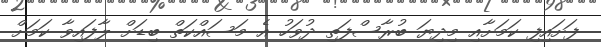
ފަށައިފި ކަމަށާއި މިދިޔަ ބުރާސްފަތި ދުވަހު އެ މަސައްކަތް ބިޑަށް ލާފައިވާ ކަމަށް